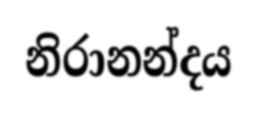
නිරානන්දය